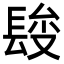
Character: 𨲄